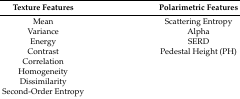
<table><thead><tr><td><b>Texture Features</b></td><td><b>Polarimetric Features</b></td></tr></thead><tbody><tr><td>Mean</td><td>Scattering Entropy</td></tr><tr><td>Variance</td><td>Alpha</td></tr><tr><td>Energy</td><td>SERD</td></tr><tr><td>Contrast</td><td>Pedestal Height (PH)</td></tr><tr><td>Correlation</td><td>[EMPTY_CELL]</td></tr><tr><td>Homogeneity</td><td>[EMPTY_CELL]</td></tr><tr><td>Dissimilarity</td><td>[EMPTY_CELL]</td></tr><tr><td>Second-Order Entropy</td><td>[EMPTY_CELL]</td></tr></tbody></table>